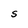
Character: S